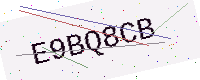
Text: E9BQ8CB